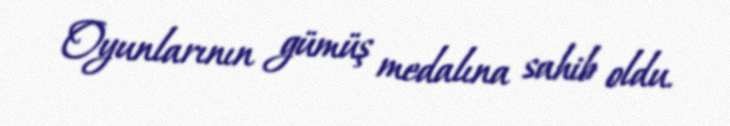
Oyunlarının gümüş medalına sahib oldu.